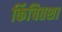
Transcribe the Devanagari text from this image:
किंचितशा